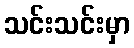
သင်းသင်းမှာ